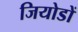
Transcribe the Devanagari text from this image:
जियोडों